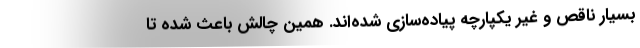
بسیار ناقص و غیر یکپارچه پیاده‌سازی شده‌اند. همین چالش باعث شده تا